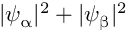
| \psi _ { \upalpha } | ^ { 2 } + | \psi _ { \upbeta } | ^ { 2 }